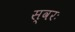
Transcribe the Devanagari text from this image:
स्वरः